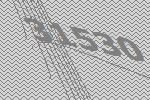
31530